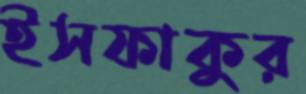
ইসফাকুর